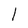
Character: l